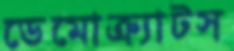
ডেমোক্র্যাটস